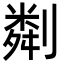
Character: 㔂